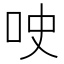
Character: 𫩢